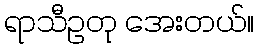
ရာသီဥတု အေးတယ်။